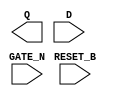
module sky130_fd_sc_hdll__dlrtn (
    Q      ,
    RESET_B,
    D      ,
    GATE_N
);

    output Q      ;
    input  RESET_B;
    input  D      ;
    input  GATE_N ;

    // Voltage supply signals
    supply1 VPWR;
    supply0 VGND;
    supply1 VPB ;
    supply0 VNB ;

endmodule